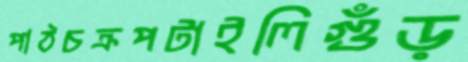
পাঠচক্রপটাইলিগুঁড়